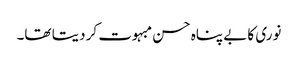
نوری کا بے پناہ حسن مبہوت کر دیتا تھا۔